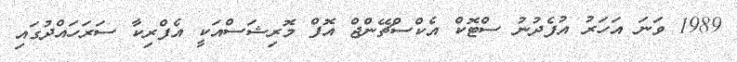
1989 ވަނަ އަހަރު އުފެދުނު ސްޓޮކް އެކްސްޗޭންޖް އޮފް މޮރިޝަސްއަކީ އެފްރިކާ ސަރަހައްދުގައި